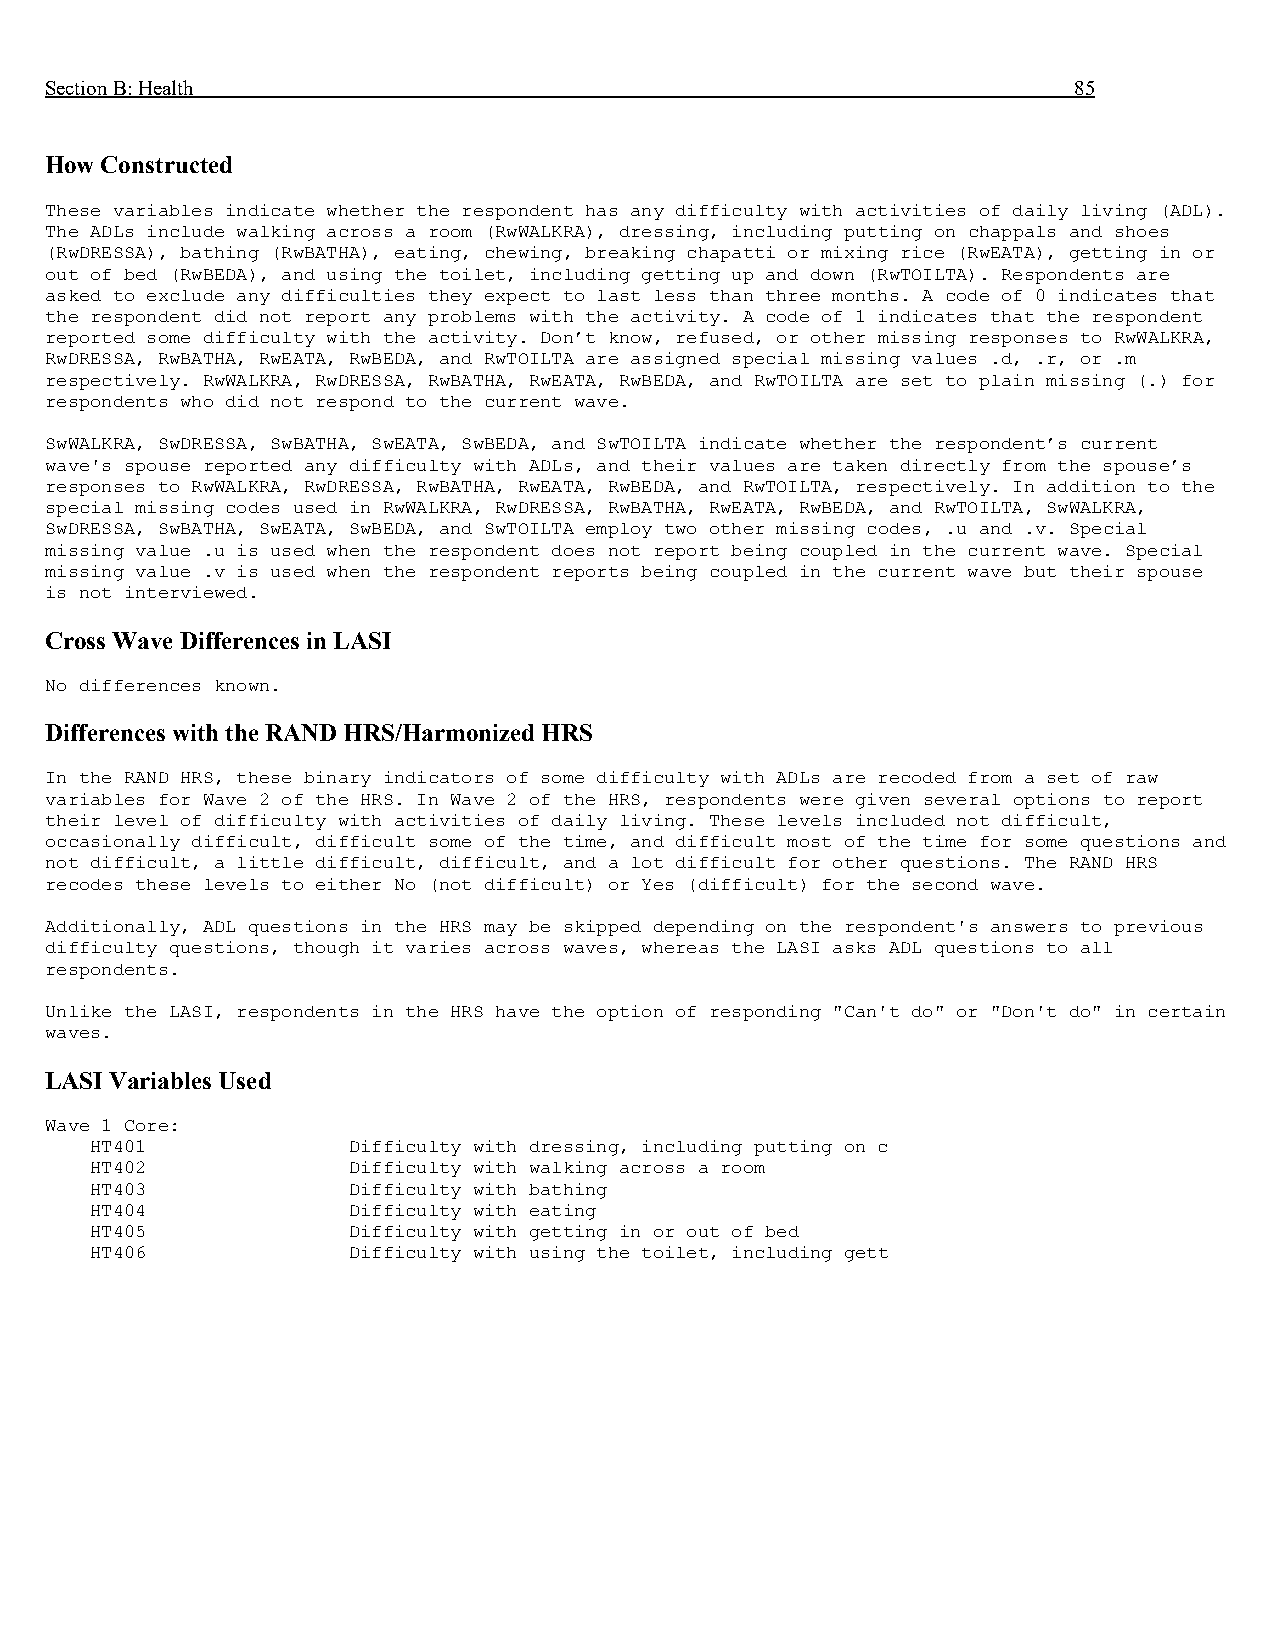
Section B: Health                                                   85
 How Constructed
 These variables indicate whether the respondent has any difficulty with activities of daily living (ADL).
 The ADLs include walking across a room (RwWALKRA), dressing, including putting on chappals and shoes
 (RwDRESSA), bathing (RwBATHA), eating, chewing, breaking chapatti or mixing rice (RwEATA), getting in or
 out of bed (RwBEDA), and using the toilet, including getting up and down (RwTOILTA). Respondents are
 asked to exclude any difficulties they expect to last less than three months. A code of 0 indicates that
 the respondent did not report any problems with the activity. A code of 1 indicates that the respondent
 reported some difficulty with the activity. Don’t know, refused, or other missing responses to RwWALKRA,
 RwDRESSA, RwBATHA, RwEATA, RwBEDA, and RwTOILTA are assigned special missing values .d, .r, or .m
 respectively. RwWALKRA, RwDRESSA, RwBATHA, RwEATA, RwBEDA, and RwTOILTA are set to plain missing (.) for
 respondents who did not respond to the current wave.
 SwWALKRA, SwDRESSA, SwBATHA, SwEATA, SwBEDA, and SwTOILTA indicate whether the respondent’s current
 wave's spouse reported any difficulty with ADLs, and their values are taken directly from the spouse’s
 responses to RwWALKRA, RwDRESSA, RwBATHA, RwEATA, RwBEDA, and RwTOILTA, respectively. In addition to the
 special missing codes used in RwWALKRA, RwDRESSA, RwBATHA, RwEATA, RwBEDA, and RwTOILTA, SwWALKRA,
 SwDRESSA, SwBATHA, SwEATA, SwBEDA, and SwTOILTA employ two other missing codes, .u and .v. Special
 missing value .u is used when the respondent does not report being coupled in the current wave. Special
 missing value .v is used when the respondent reports being coupled in the current wave but their spouse
 is not interviewed.
 Cross Wave Differences in LASI
 No differences known.
 Differences with the RAND HRS/Harmonized HRS
 In the RAND HRS, these binary indicators of some difficulty with ADLs are recoded from a set of raw
 variables for Wave 2 of the HRS. In Wave 2 of the HRS, respondents were given several options to report
 their level of difficulty with activities of daily living. These levels included not difficult,
 occasionally difficult, difficult some of the time, and difficult most of the time for some questions and
 not difficult, a little difficult, difficult, and a lot difficult for other questions. The RAND HRS
 recodes these levels to either No (not difficult) or Yes (difficult) for the second wave.
 Additionally, ADL questions in the HRS may be skipped depending on the respondent's answers to previous
 difficulty questions, though it varies across waves, whereas the LASI asks ADL questions to all
 respondents.
 Unlike the LASI, respondents in the HRS have the option of responding "Can't do" or "Don't do" in certain
 waves.
 LASI Variables Used
 Wave 1 Core:
 HT401            Difficulty with dressing, including putting on c
 HT402            Difficulty with walking across a room
 HT403            Difficulty with bathing
 HT404            Difficulty with eating
 HT405            Difficulty with getting in or out of bed
 HT406            Difficulty with using the toilet, including gett